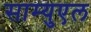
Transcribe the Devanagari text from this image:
साम्युएल